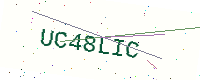
Text: UC48LIC